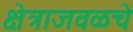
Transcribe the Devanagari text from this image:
क्षेत्राजवळचे